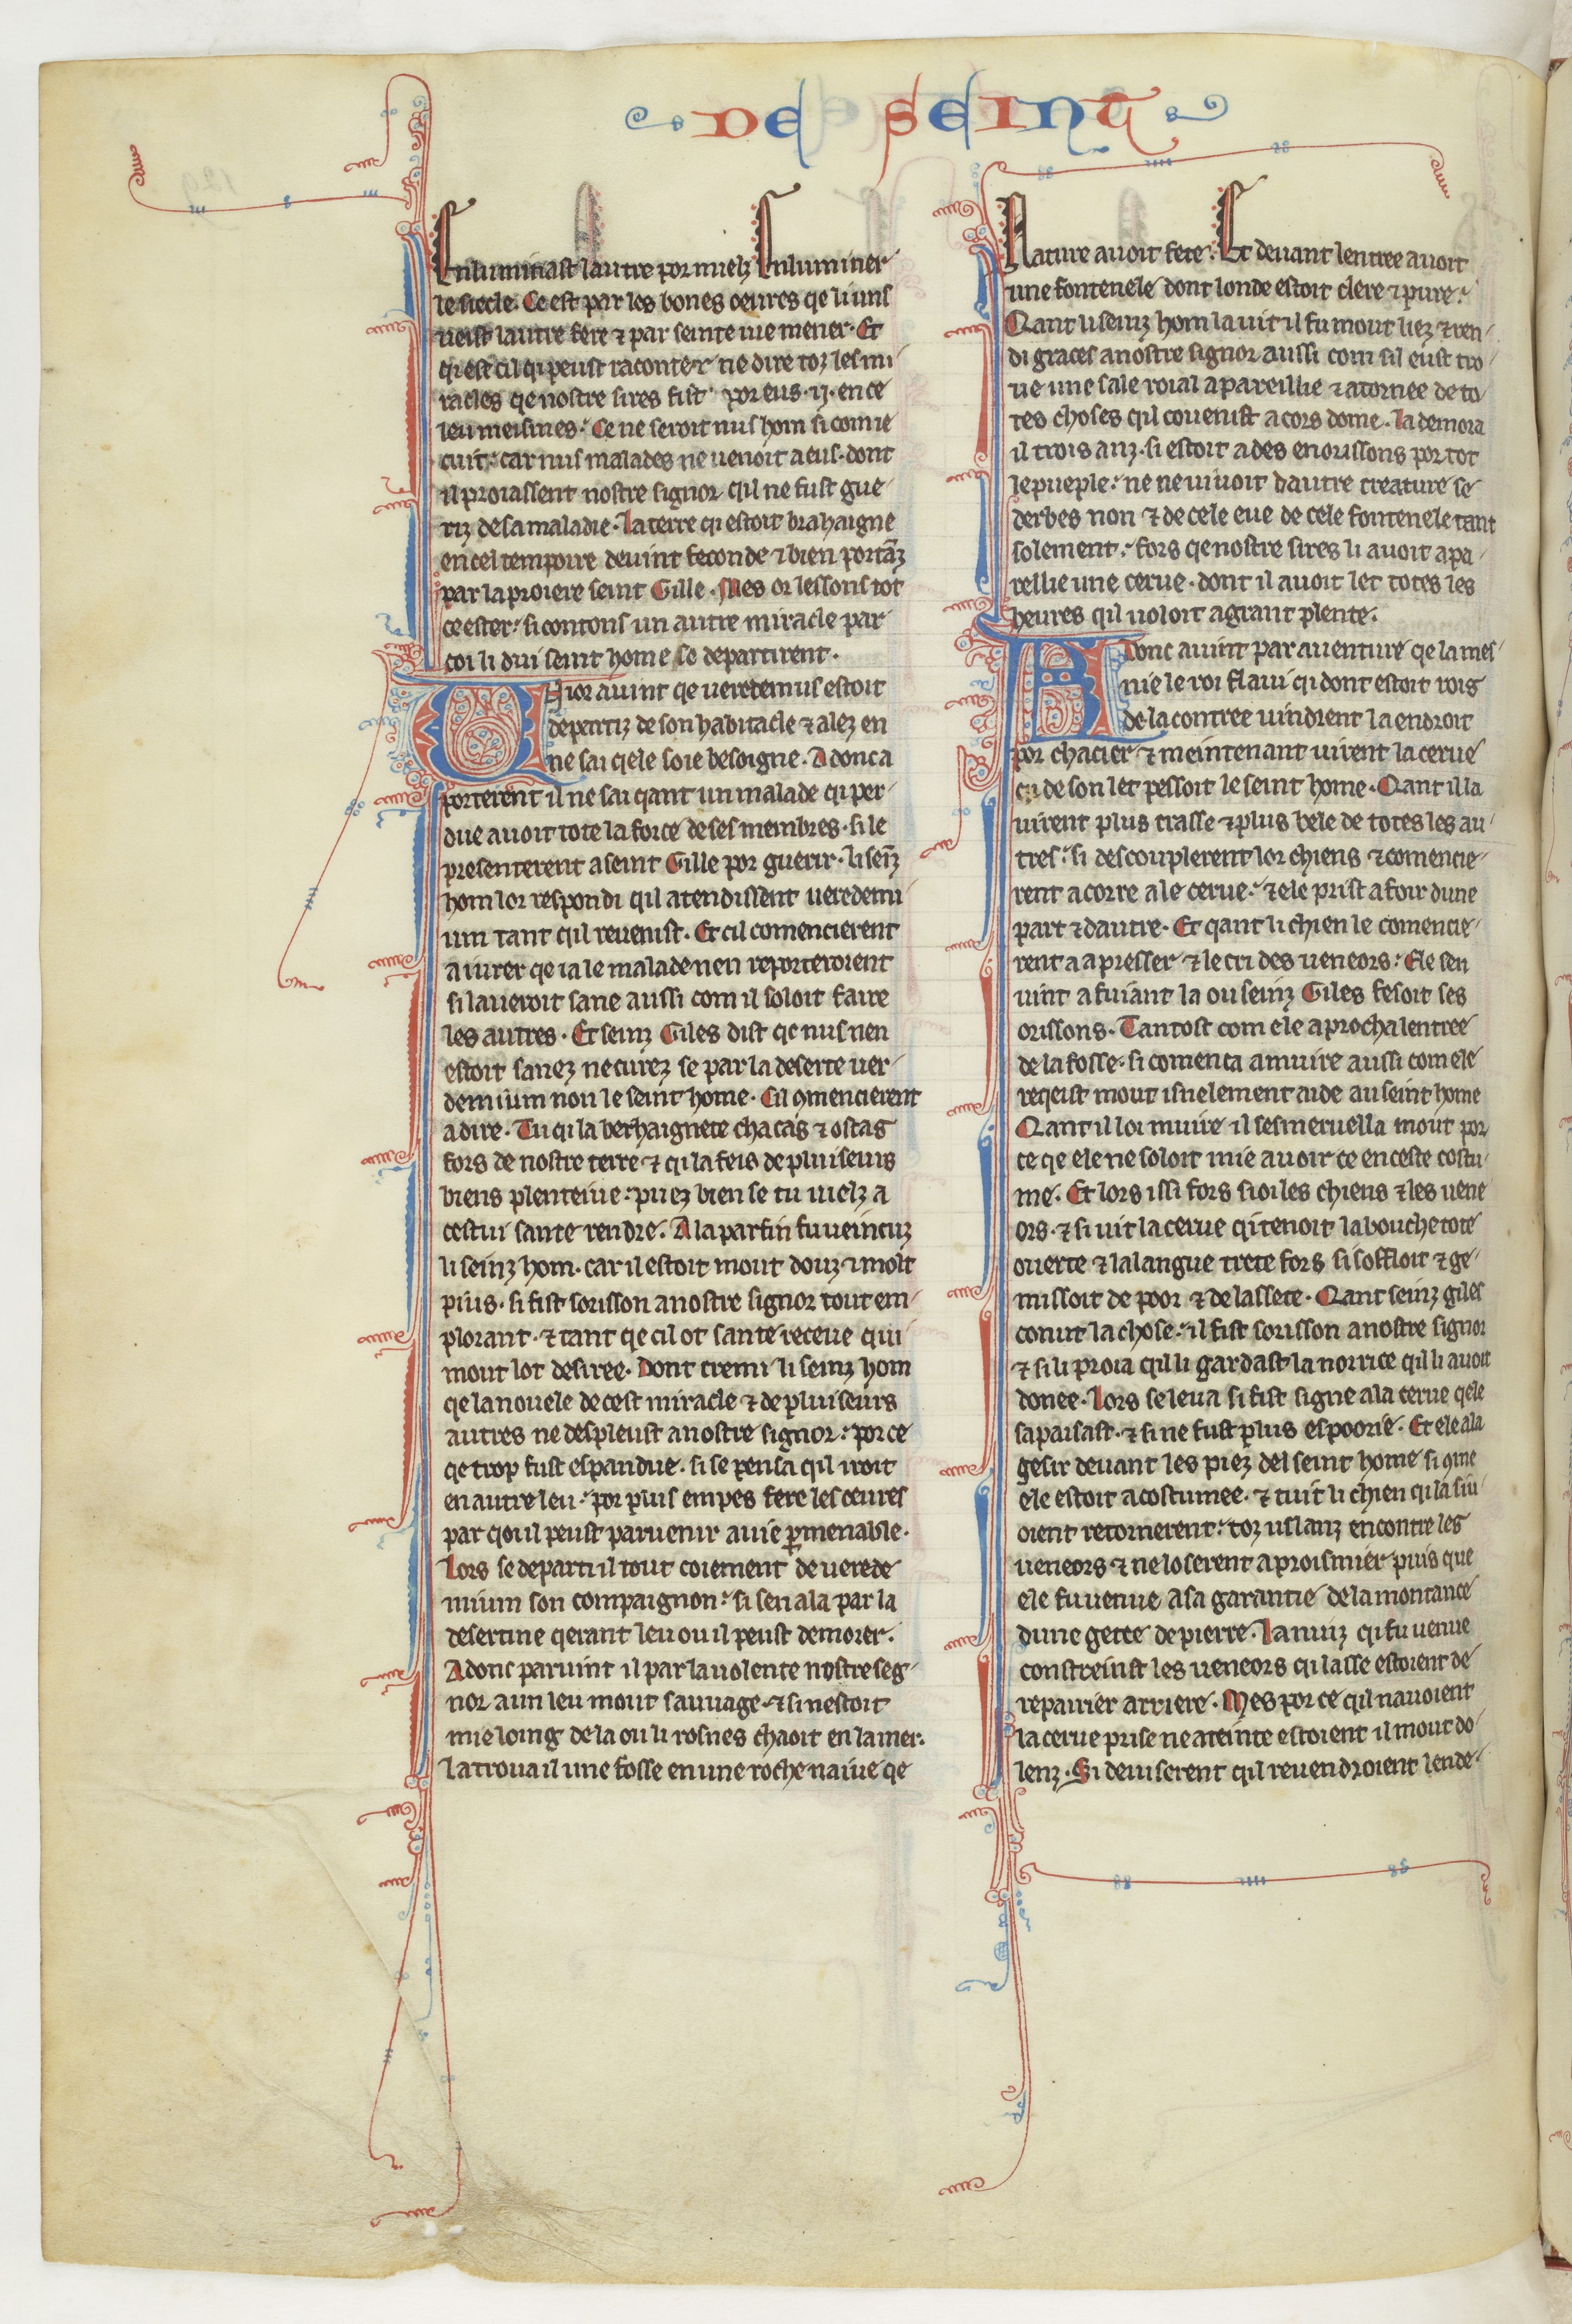
Shelfmark: Paris, BnF, fr. 412
Century: 13